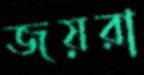
জয়রা